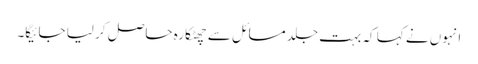
انہوں نے کہا کہ بہت جلد مسائل سے چھٹکارہ حاصل کر لیا جائیگا۔